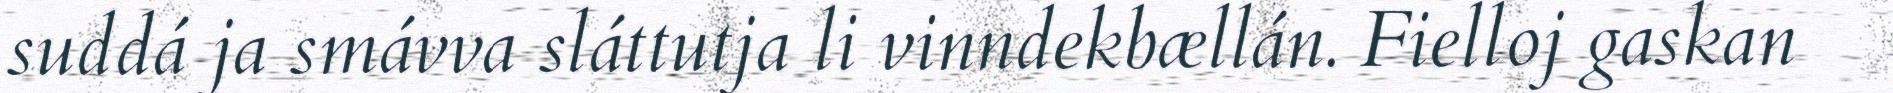
suddá ja smávva sláttutja li vinndekbællán. Fielloj gaskan